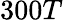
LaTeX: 300T